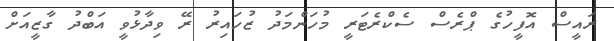
ރައީސް އޮފީހުގެ ޕްރެސް ސެކްރެޓަރީ މުހަންމަދު ޒުހައިރު ރޭ ވިދާޅުވީ އަބްދު ގާޒީއަށް